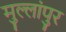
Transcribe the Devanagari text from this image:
मुल्लांपुर